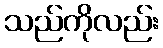
သည်ကိုလည်း